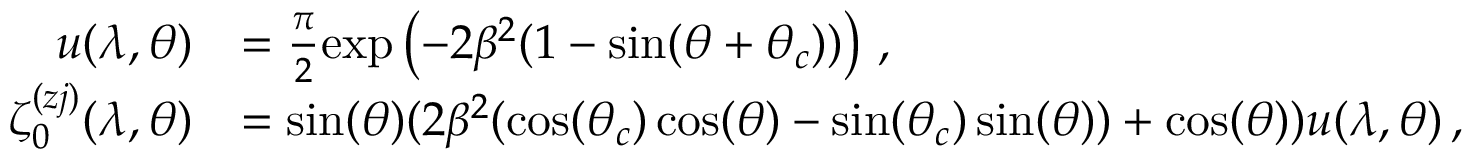
\begin{array} { r l } { u ( \lambda , \theta ) } & { = \frac { \pi } { 2 } \mathrm { e x p } \left( - 2 \beta ^ { 2 } ( 1 - \sin ( \theta + \theta _ { c } ) ) \right) \, , } \\ { \zeta _ { 0 } ^ { ( z j ) } ( \lambda , \theta ) } & { = \sin ( \theta ) ( 2 \beta ^ { 2 } ( \cos ( \theta _ { c } ) \cos ( \theta ) - \sin ( \theta _ { c } ) \sin ( \theta ) ) + \cos ( \theta ) ) u ( \lambda , \theta ) \, , } \end{array}